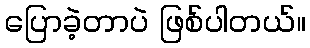
ပြောခဲ့တာပဲ ဖြစ်ပါတယ်။